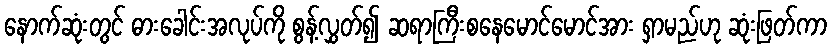
နောက်ဆုံးတွင် ဓားခေါင်းအလုပ်ကို စွန့်လွှတ်၍ ဆရာကြီးစနေမောင်မောင်အား ရှာမည်ဟု ဆုံးဖြတ်ကာ